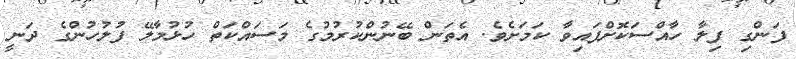
ފަންގި ފިލާ ހާއްސަކޮށްފައިވާ ކަމަށެވެ. އެތަން ބޭނުންކުރުމުގެ މަސައްކަތް ހުޅުމާލޭ ފުލުހުންގެ ދަނީ